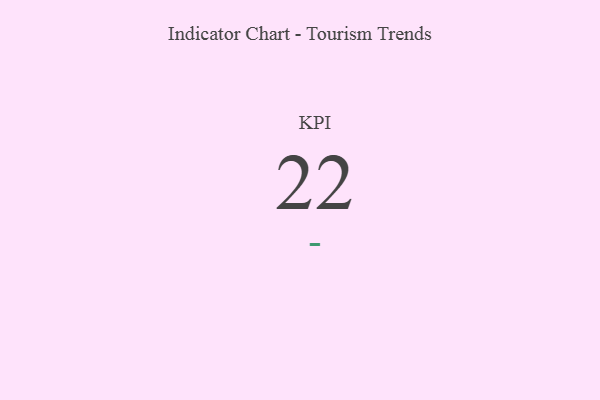
{"axis": {"x": "KPI", "y": "Value"}, "legend": [""], "data": [{"x": "KPI", "y": 22, "type": ""}]}